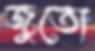
জুতো